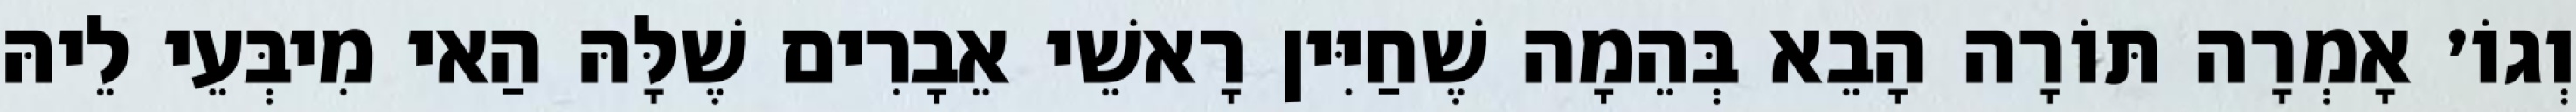
וְגוֹ׳ אָמְרָה תּוֹרָה הָבֵא בְּהֵמָה שֶׁחַיִּין רָאשֵׁי אֵבָרִים שֶׁלָּהּ הַאי מִיבְּעֵי לֵיהּ